Scottish Leaving Certificate Examination, 1959
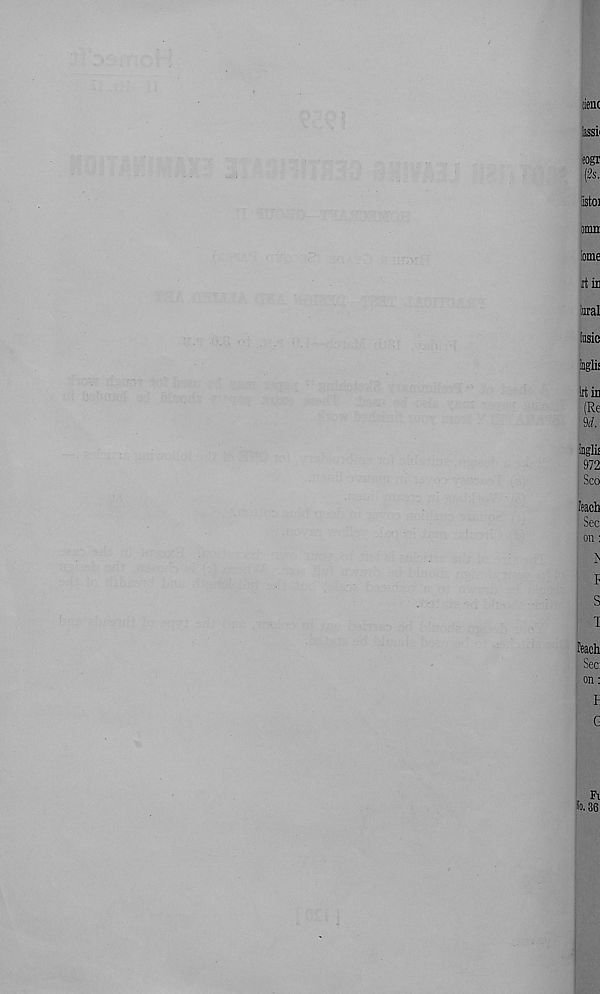
tienc
lassi
sogr
(2s.
iistoi
»mn
lome
it ir
lural
iusic
inglii
Irtir
(Re
M.
iuglis
972
Sco
Teach
Sec
on:
h
r
s
i
Teach
Sec:
on:
l
G
So.
Fv
36